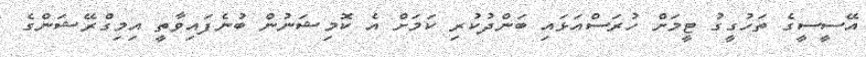
އޭސީސީގެ ތަހުގީގު ޓީމަށް ހުރަސްއަޅައި ބަންދުކުރި ކަމަށް އެ ކޮމިޝަނުން ބުނެފައިވާތީ އިމިގްރޭޝަންގެ